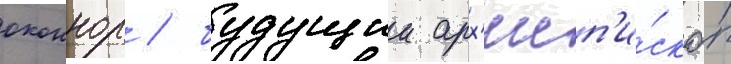
оконнор / будущии арх'иеп'и́скоп